Indian journal of veterinary science and animal husbandry - Volumes 15-17, 1948-1951
Year: 1948
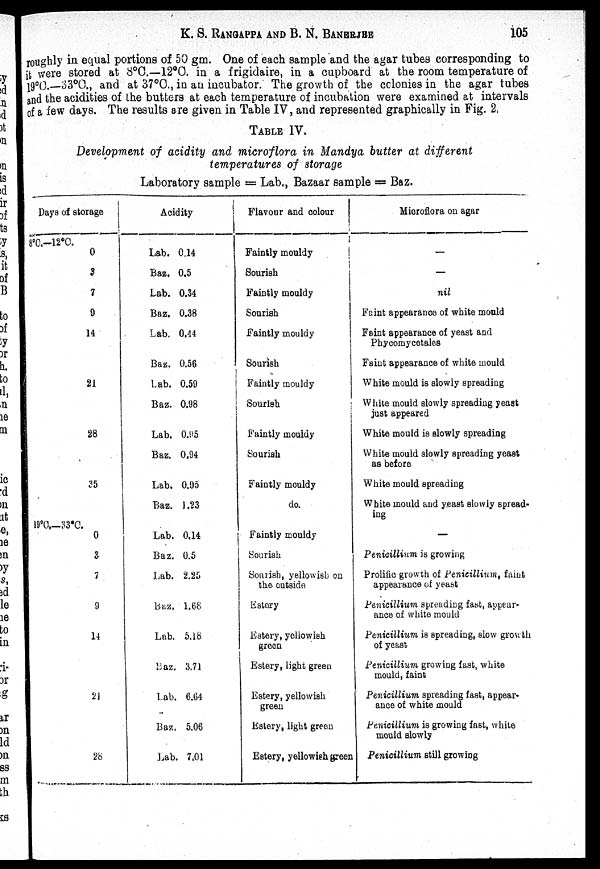
K. S. RANGAPPA AND B. N. BANERJEE 105
roughly in equal portions of 50 gm. One of each sample and the agar tubes corresponding to
t were stored at 8°C.—12°C. in a frigidaire, in a cupboard at the room temperature of
19°C.—33°C., and at 37°C., in an incubator. The growth of the colonies in the agar tubes
and the acidities of the butters at each temperature of incubation were examined at intervals
of a few days. The results are given in Table IV, and represented graphically in Fig. 2,
TABLE IV.
Development of acidity and microflora in Mandya butter at different
temperatures of storage
Laboratory sample = Lab., Bazaar sample = Baz.
Days of storage
8°C.—12°C.
0
3
7
9
14
21
28
35
19°C.—33°C.
0
3
7
9
14
21
28
Acidity
Lab. 0.14
Baz. 0.5
Lab. 0.34
Baz. 0.38
Lab. 0.44
Baz. 0.56
Lab. 0.59
Baz. 0.98
Lab. 0.95
Baz. 0.94
Lab. 0.95
Baz. 1.23
Lab. 0.14
Baz. 0.5
Lab. 2.25
Baz. 1.68
Lab. 5.18
Baz. 3.71
Lab. 6.64
Baz. 5.06
Lab. 7.01
Flavour and colour
Faintly mouldy
Sourish
Faintly mouldy
Sourish
Faintly mouldy
Sourish
Faintly mouldy
Sourish
Faintly mouldy
Sourish
Faintly mouldy
do.
Faintly mouldy
Sourish
Sourish, yellowish on
the outside
Estory
Eatery, yellowish
green
Estery, light green
Estery, yellowish
green
Estery, light green
Estery, yellowish green
Microflora on agar
—
—
nil
Faint appearance of white mould
Faint appearance of yeast and
Phycomycetales
Faint appearance of white mould
White mould is slowly spreading
White mould slowly spreading yeast
just appeared
White mould is slowly spreading
White mould slowly spreading yeast
as before
White mould spreading
White mould and yeast slowly spread-
ing
—
Penicillium is growing
Prolific growth of Penicillium, faint
appearance of yeast
Penicillium spreading fast, appear-
ance of white mould
Penicillium is spreading, slow growth
of yeast
Penicillium growing fast, white
mould, faint
Penicillium spreading fast, appear-
ance of white mould
Penicillium is growing fast, while
mould slowly
Penicillium still growing